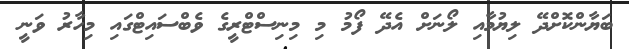
ބަޔާންކޮށްދޭ ލިޔުމާއި ލޯނަށް އެދޭ ފޯމު މި މިނިސްޓްރީގެ ވެބްސައިޓްގައި މިހާރު ވަނީ